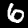
Digit: 6